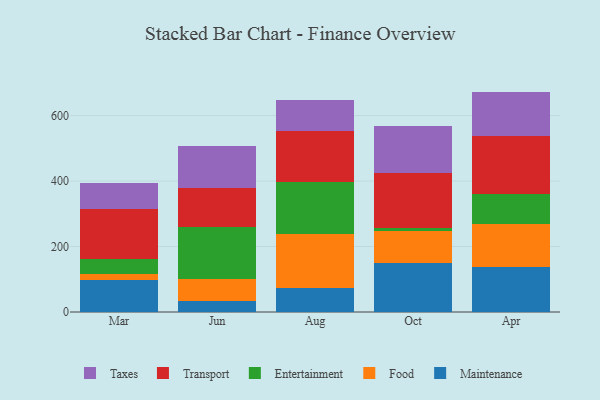
{"axis": {"x": "Month", "y": "Budget (USD K)"}, "legend": ["Entertainment", "Food", "Maintenance", "Taxes", "Transport"], "data": [{"x": "Mar", "y": 98.0, "type": "Maintenance"}, {"x": "Mar", "y": 18.8, "type": "Food"}, {"x": "Mar", "y": 45.7, "type": "Entertainment"}, {"x": "Mar", "y": 153.0, "type": "Transport"}, {"x": "Mar", "y": 78.9, "type": "Taxes"}, {"x": "Jun", "y": 33.0, "type": "Maintenance"}, {"x": "Jun", "y": 69.2, "type": "Food"}, {"x": "Jun", "y": 157.5, "type": "Entertainment"}, {"x": "Jun", "y": 118.5, "type": "Transport"}, {"x": "Jun", "y": 128.3, "type": "Taxes"}, {"x": "Aug", "y": 72.8, "type": "Maintenance"}, {"x": "Aug", "y": 164.8, "type": "Food"}, {"x": "Aug", "y": 159.0, "type": "Entertainment"}, {"x": "Aug", "y": 156.5, "type": "Transport"}, {"x": "Aug", "y": 95.1, "type": "Taxes"}, {"x": "Oct", "y": 150.9, "type": "Maintenance"}, {"x": "Oct", "y": 95.6, "type": "Food"}, {"x": "Oct", "y": 11.0, "type": "Entertainment"}, {"x": "Oct", "y": 168.4, "type": "Transport"}, {"x": "Oct", "y": 142.5, "type": "Taxes"}, {"x": "Apr", "y": 137.3, "type": "Maintenance"}, {"x": "Apr", "y": 132.8, "type": "Food"}, {"x": "Apr", "y": 89.7, "type": "Entertainment"}, {"x": "Apr", "y": 177.0, "type": "Transport"}, {"x": "Apr", "y": 136.4, "type": "Taxes"}]}